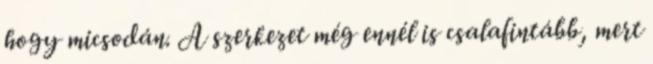
hogy micsodán. A szerkezet még ennél is csalafintább, mert